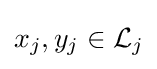
x_{j},y_{j}\in {\mathcal {L}}_{j}